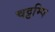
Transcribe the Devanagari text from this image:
चट्टम्पि